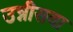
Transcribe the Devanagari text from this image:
उन्नीसवा